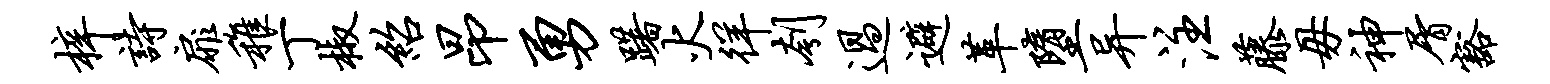
梓诗扉稚丁椒绍昂勇躇火徉刳过避革堕异注藤毋神屑豁